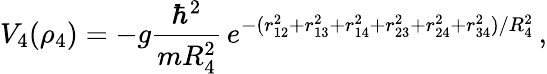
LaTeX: V_{4}(\rho_{4})=-g\frac{\hbar^{2}}{mR_{4}^{2}}\, e^{-(r_{12}^{2}+r_{13}^{2}+r_{14}^{2}+r_{23}^{2}+r_{24}^{2}+r_{34}^{2})/R_{4}^{2}}\, ,